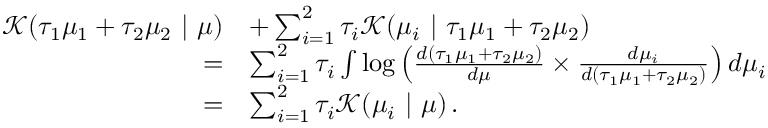
\begin{array} { r l } { \mathcal K ( \tau _ { 1 } \mu _ { 1 } + \tau _ { 2 } \mu _ { 2 } \ | \ \mu ) } & { + \sum _ { i = 1 } ^ { 2 } \tau _ { i } \mathcal K ( \mu _ { i } \ | \ \tau _ { 1 } \mu _ { 1 } + \tau _ { 2 } \mu _ { 2 } ) } \\ { = } & { \sum _ { i = 1 } ^ { 2 } \tau _ { i } \int \log \left( \frac { d ( \tau _ { 1 } \mu _ { 1 } + \tau _ { 2 } \mu _ { 2 } ) } { d \mu } \times \frac { d \mu _ { i } } { d ( \tau _ { 1 } \mu _ { 1 } + \tau _ { 2 } \mu _ { 2 } ) } \right) d \mu _ { i } } \\ { = } & { \sum _ { i = 1 } ^ { 2 } \tau _ { i } \mathcal K ( \mu _ { i } \ | \ \mu ) \, . } \end{array}